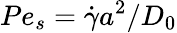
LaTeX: Pe_{s}=\dot{\gamma}a^{2}/D_{0}